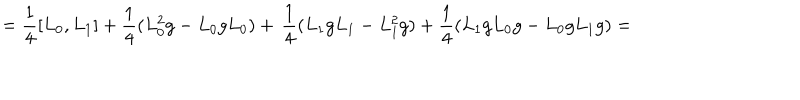
= \frac { 1 } { 4 } [ L _ { 0 } , L _ { 1 } ] + \frac { 1 } { 4 } ( L _ { 0 } ^ { 2 } g - L _ { 0 } g L _ { 0 } ) + \, \frac { 1 } { 4 } ( L _ { 1 } g L _ { 1 } - L _ { 1 } ^ { 2 } g ) + \frac { 1 } { 4 } ( L _ { 1 } g L _ { 0 } g - L _ { 0 } g L _ { 1 } g ) =